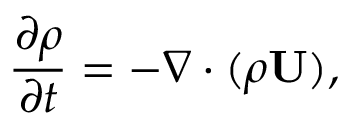
\frac { \partial \rho } { \partial t } = - \nabla \cdot ( \rho \mathbf { U } ) ,